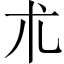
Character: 朮